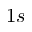
1 s